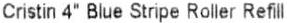
CRISTIN 4" BLUE STRIPE ROLLER REFILL